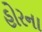
હોરના